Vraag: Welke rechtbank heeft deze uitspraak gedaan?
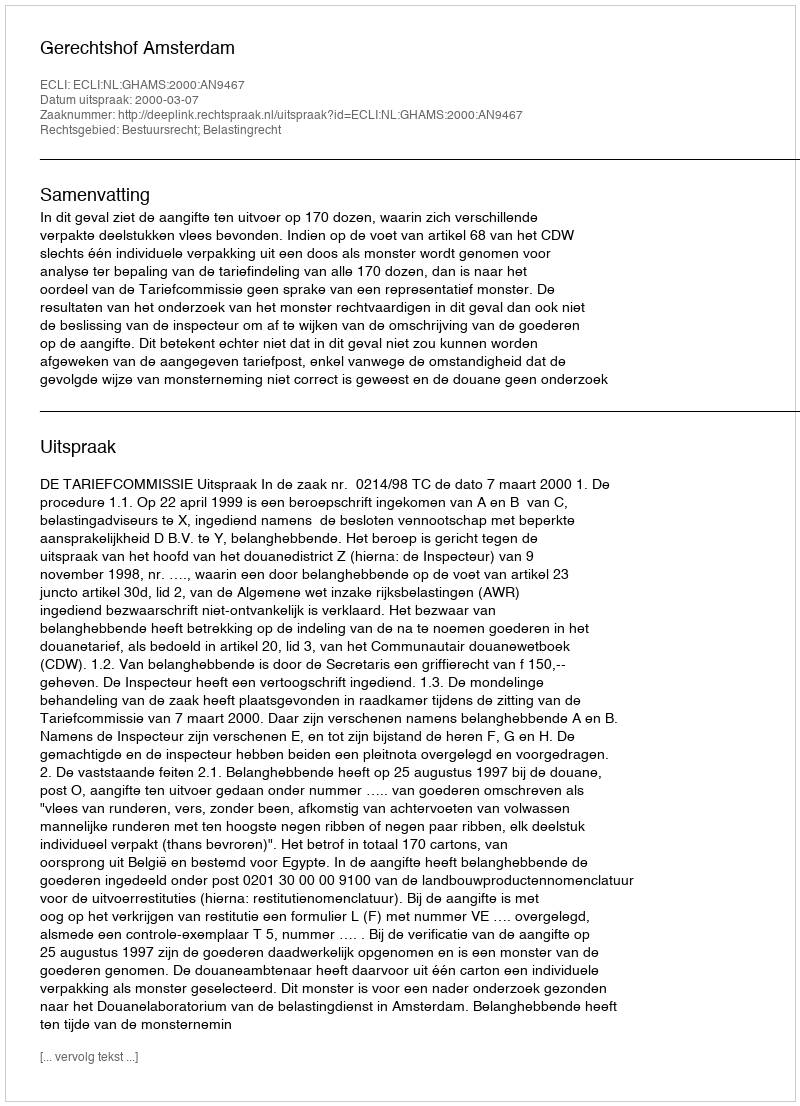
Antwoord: Gerechtshof Amsterdam